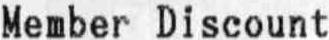
MEMBER DISCOUNT